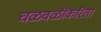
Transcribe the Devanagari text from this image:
चळवळींकरिता